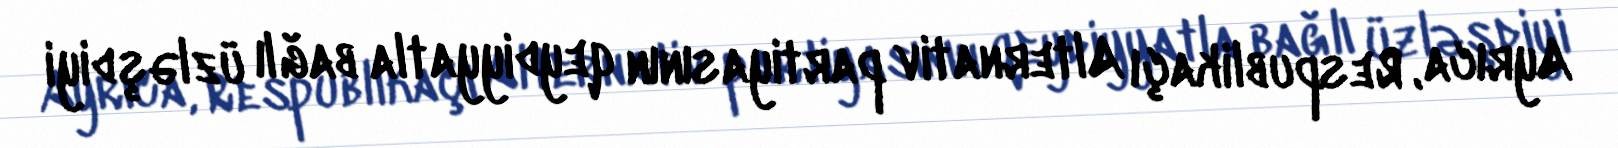
Ayrıca, Respublikaçı Alternativ partiyasının qeydiyyatla bağlı üzləşdiyi